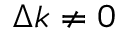
\Delta k \neq 0